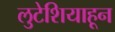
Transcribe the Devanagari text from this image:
लुटेशियाहून